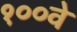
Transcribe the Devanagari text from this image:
१००वे